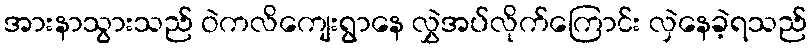
အားနာသွားသည် ဝဲကလိကျေးရွာနေ လွှဲအပ်လိုက်ကြောင်း လှဲနေခဲ့ရသည်